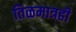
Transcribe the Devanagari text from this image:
तिळमात्रही